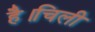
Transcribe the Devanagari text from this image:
है।चिली